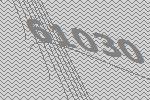
61030